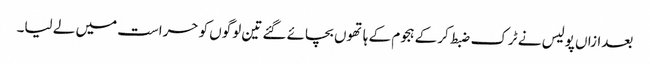
بعدازاں پولیس نے ٹرک ضبط کرکے ہجوم کے ہاتھوں بچائے گئے تین لوگوں کو حراست میں لے لیا۔